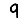
Digit: 9